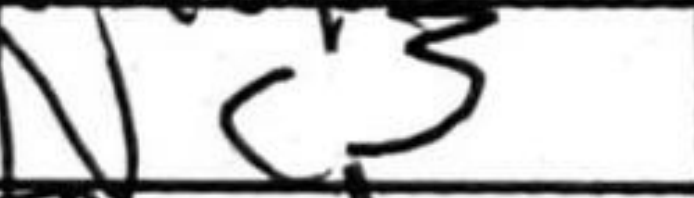
Transcription: Nc3